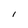
Character: i